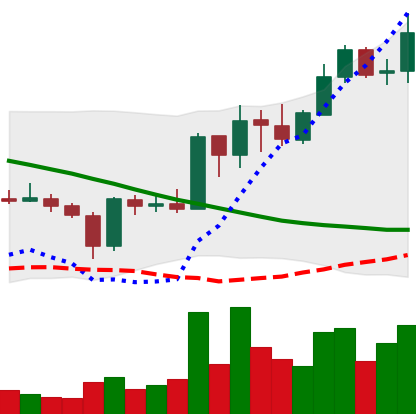
Ticker: ADA-USD
Chart end date: 2019-03-19
Forward return: 17.321%
Label: up_7plus